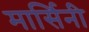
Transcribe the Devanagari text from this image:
मार्सिनी